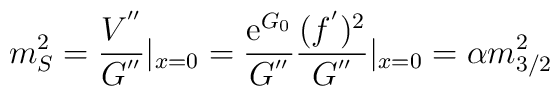
m_{S}^{2} = \frac{V^{''}}{G^{''}}|_{x = 0}  =\frac{\mathrm{e}^{G_{0}}}{G^{''}}\frac{(f^{'})^{2}}{G^{''}}|_{x=0} = \alpha m_{3/2}^{2}